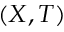
( X , T )